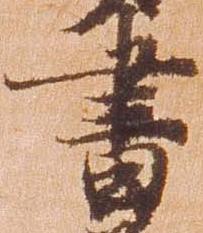
書